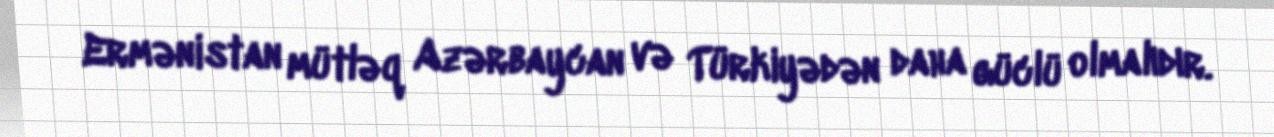
Ermənistan mütləq Azərbaycan və Türkiyədən daha güclü olmalıdır.